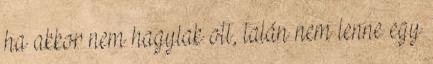
ha akkor nem hagylak ott, talán nem lenne egy